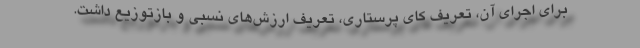
برای اجرای آن، تعریف کای پرستاری، تعریف ارزش‌های نسبی و بازتوزیع داشت.